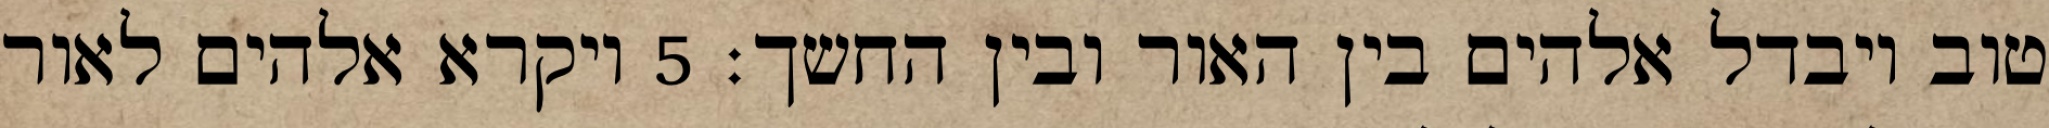
טוב ויבדל אלהים בין האור ובין החשך׃ ‎5‏ ויקרא אלהים לאור